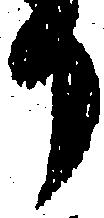
り